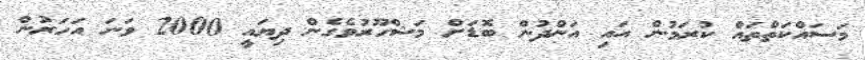
މަސައްކަތްތައް ކުރަމުން އައި އަންދުން ބޮޑަށް މަޝްހޫރުވެގެން ދިޔައީ 2000 ވަނަ އަހަރުން